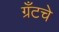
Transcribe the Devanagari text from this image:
ग्रँटचे